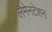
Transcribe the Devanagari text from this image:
लैमेनटेशन